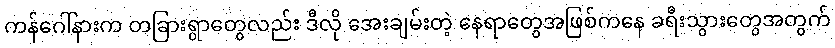
ကန်ဂေါ်နားက တခြားရွာတွေလည်း ဒီလို အေးချမ်းတဲ့ နေရာတွေအဖြစ်ကနေ ခရီးသွားတွေအတွက်